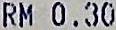
RM 0.30